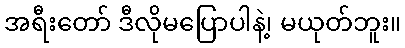
အရီးတော် ဒီလိုမပြောပါနဲ့၊ မယုတ်ဘူး။